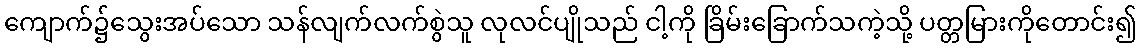
ကျောက်၌သွေးအပ်သော သန်လျက်လက်စွဲသူ လုလင်ပျိုသည် ငါ့ကို ခြိမ်းခြောက်သကဲ့သို့ ပတ္တမြားကိုတောင်း၍